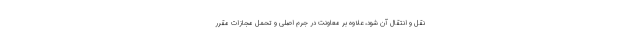
نقل ‌و انتقال آن ‌شود، علاوه بر معاونت در جرم اصلی و تحمل مجازات مقرر